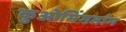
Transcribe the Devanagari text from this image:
कुओमिंगतांग